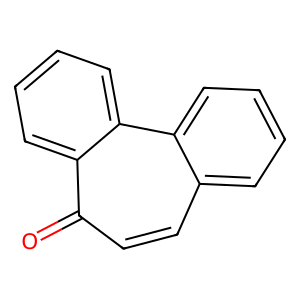
SMILES: O=c1ccc2ccccc2c2ccccc12
Inhibits HIV replication: No